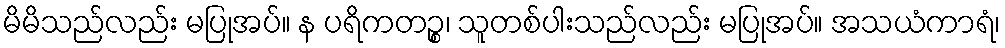
မိမိသည်လည်း မပြုအပ်။ န ပရိကတဉ္စ၊ သူတစ်ပါးသည်လည်း မပြုအပ်။ အသယံကာရံ၊